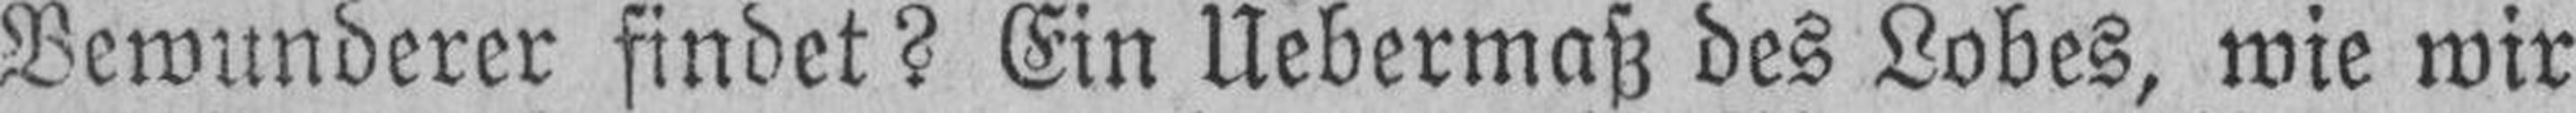
Bewunderer findet? Ein Uebermaß des Lobes, wie wir